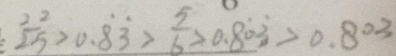
\frac { 2 2 } { 2 5 } > 0 . \dot { 8 } \dot { 3 } > \frac { 5 } { 6 } > 0 . 8 \dot { 0 } \dot { 3 } > 0 . 8 0 3